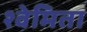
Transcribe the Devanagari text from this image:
श्वेमिता